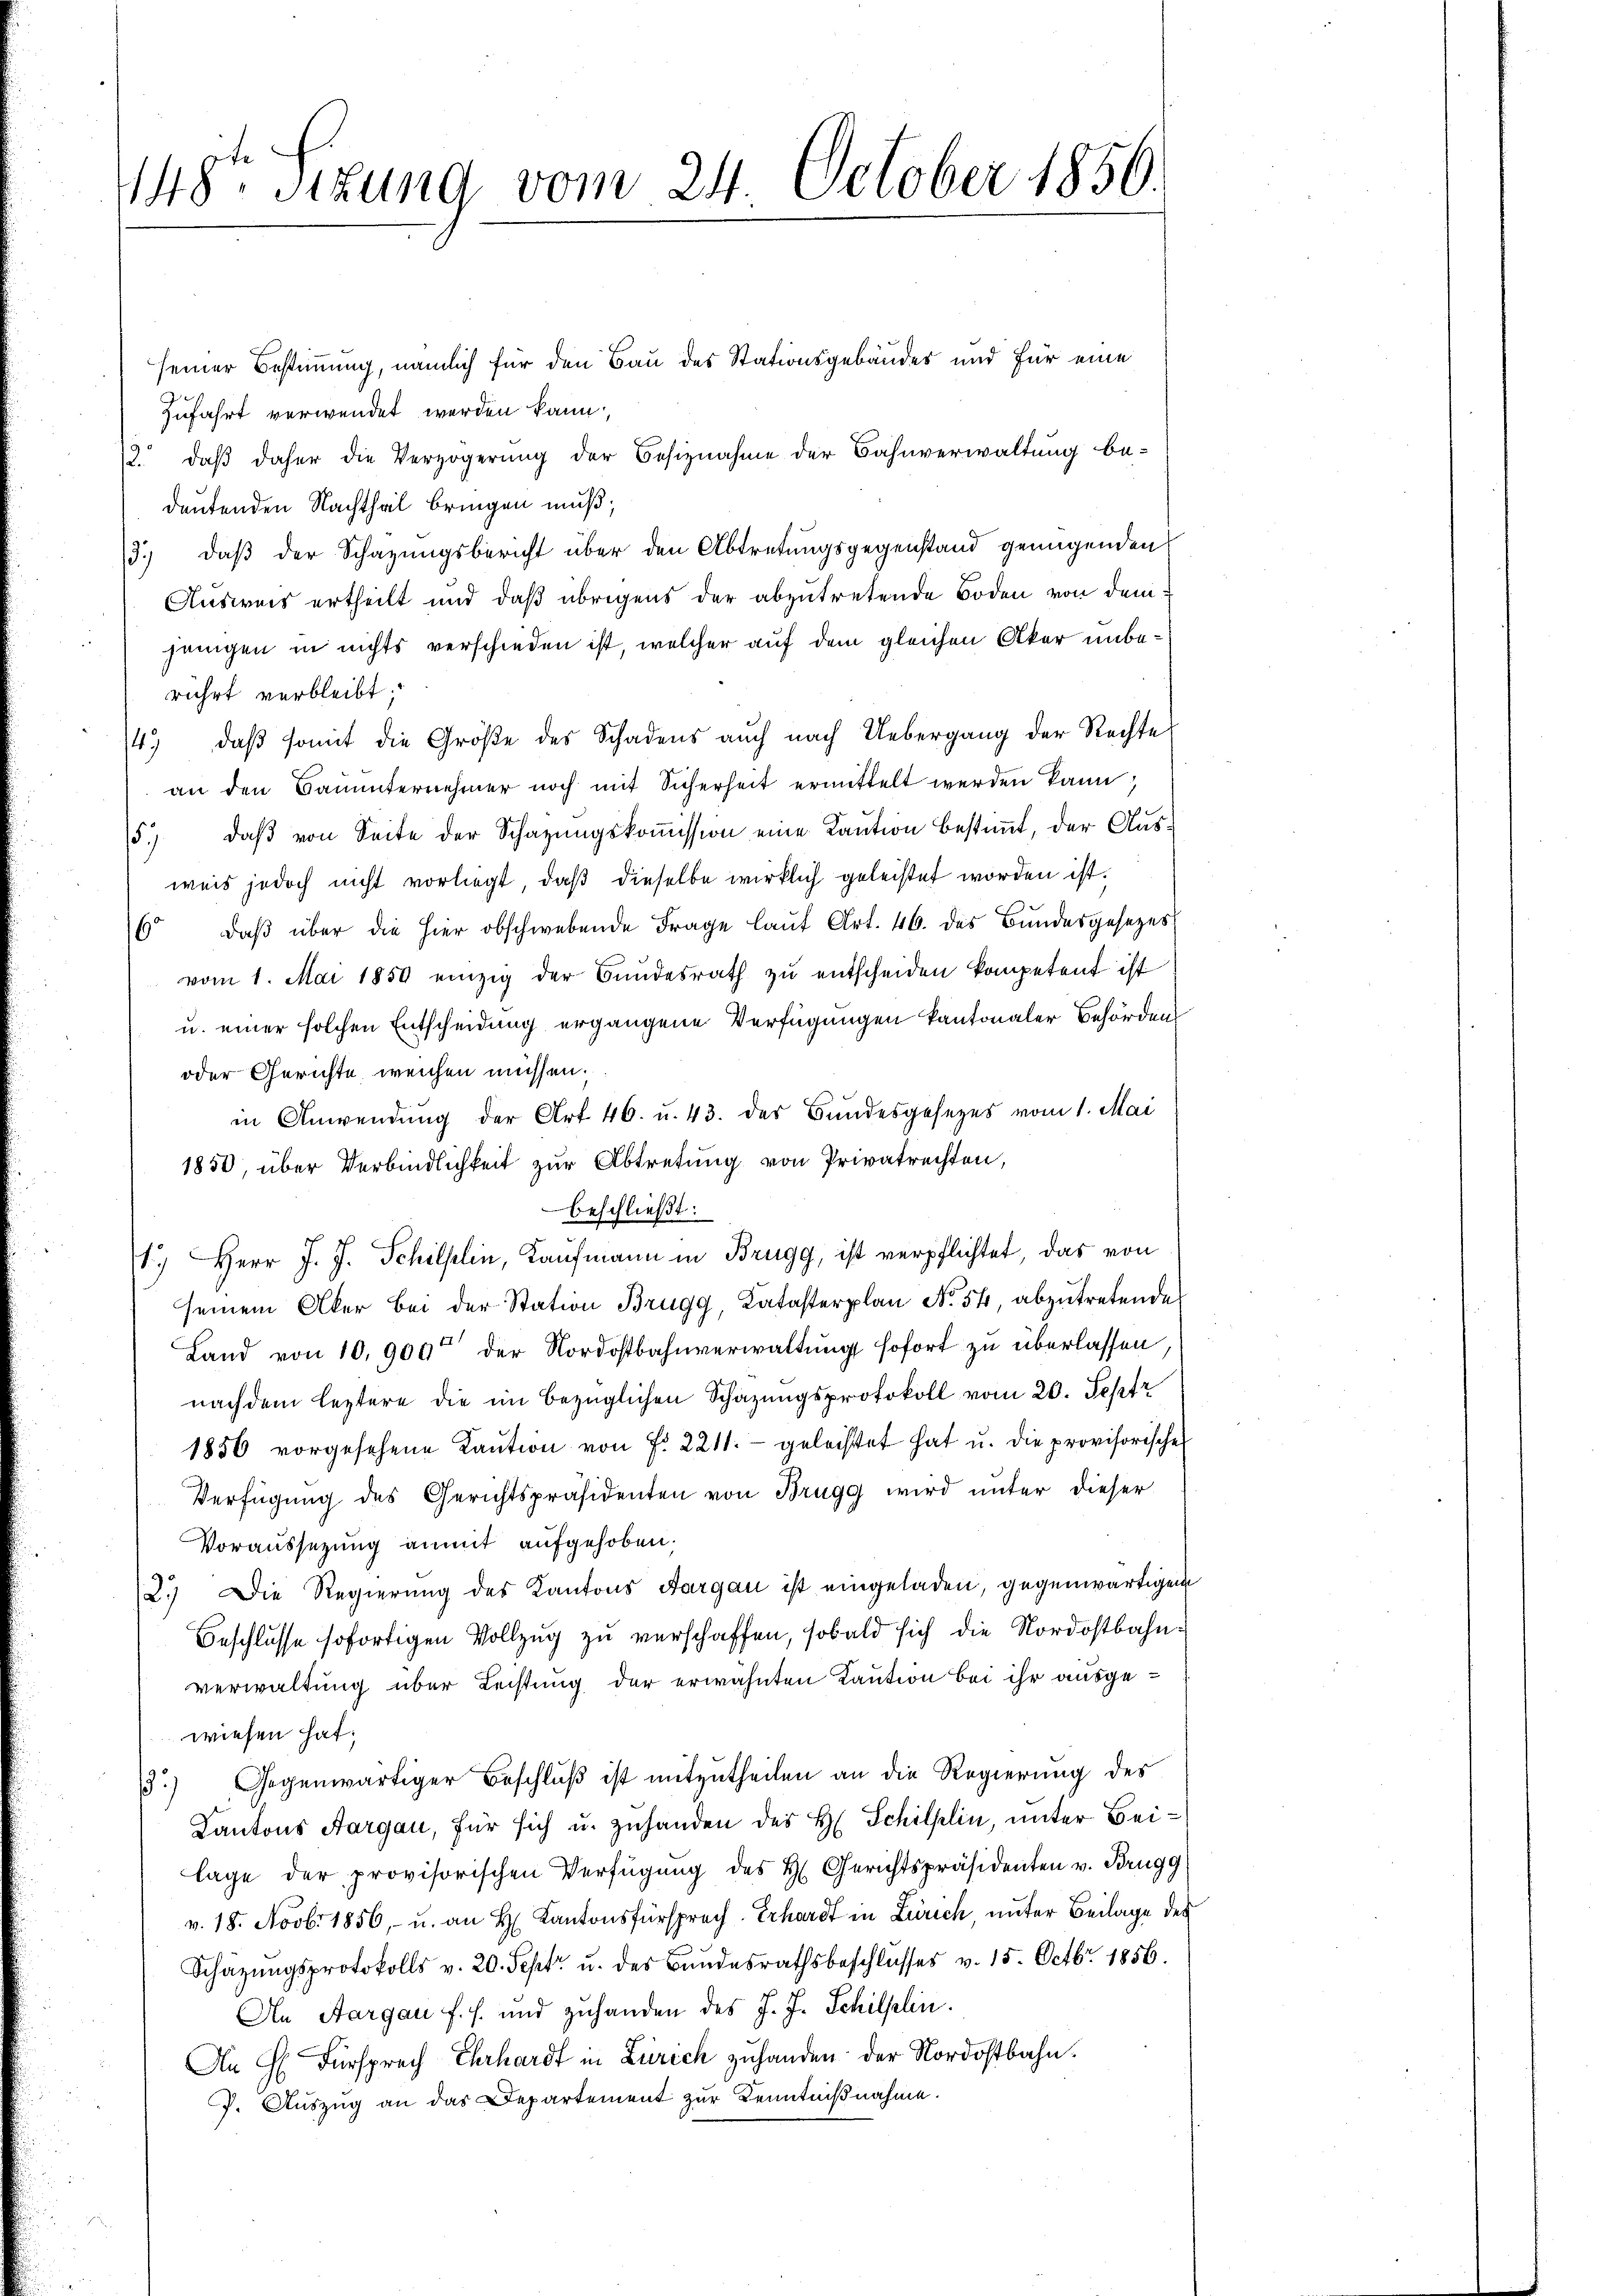
148ten Sizung vom 24. October 1856.

seiner Bestimmung, nämlich für den Bau des Stationsgebäudes und für eine
zufahrt verwendet werden kann,
12. daß daher die Verzögerung der Besiznahme der Bahnverwaltung be-
deutenden Nachtheil bringen muß;
13.) daß der Schazungsbericht über den Abtretungsgegenstand genügenden
Ausweis ertheilt und daß übrigens der abzutretende Boden von demjenigen in nichts verschieden ist, welcher auf dem gleichen Aker unberührt verbleibt.
/4. daβ somit die Größe des Schadens auch nach Uebergang der Rechte
an den Bauunternehmer noch mit Sicherheit ermittelt werden kann,
15. daβ von Seite der Schazungskoṁission eine Kaution bestimmt, der Ausweis jedoch nicht vorliegt, daβ dieselbe wirklich geleistet worden ist.
6. daβ über die hier obschwebende Frage laŭf Art. 46. des Bundesgesezes
vom 1. Mai 1850 einzig der Bundesrath zŭ entscheiden kompetent ist
u. einer solchen Entscheidung ergangene Verfügungen kantonaler Behörden
oder Gerichte weichen müssen.
in Anwendung der Art. 46. u. 43. des Bundesgesezes vom 1. Mai
1850, über Verbindlichkeit zur Abtretung von Privatrechten,
beschließt:
1.) Herr J. J. Schilplin, Kaufmann in Brugg, ist verpflichtet, das von
seinem Aker bei der Station Brugg, Katasterplan No. 54, abzutretende
Land von 10,900 der Nordostbahnverwaltung sofort zu überlassen
nachdem leztere die im bezüglichen Schazungsprotokoll vom 20. Sept
1856 vorgesehene Kaŭtion von Fr. 2211. geleistet hat u. die provisorische
Verfügung des Gerichtspräsidenten von Brugg wird unter dieser
Voraussetzung anmmt aufgehoben.
2.) Die Regierung des Kantons Aargau ist eingeladen, gegenwärtigen
Beschlusse sofortigen Vollzug zu verschaffen, sobald sich die Nordostbahnverwaltung über Leistung der erwähnten Kaution bei ihr ausgewiesen hat;
.) Gegenwärtiger Beschluß ist mitzutheilen an die Regierung des
Kantons Aargau, für sich u. zuhanden des H. Schilflin, unter Beilage der provisorischen Verfügung des H. Gerichtspräsidenten v. Brugg
v. 18. Novbr. 1856, u. an H. Kantonsfürsprech Erhardt in Zürich, unter Beilage des
Schäzŭngsprotokolls v. 20. Sept. u. des Bundesrathsbeschlŭsses v. 15. Octbr. 1856.
An Aargau f. s. und zuhanden des J. J. Schilflin.
An H. Fürsprech Ehrhardt in Zürich zuhanden der Nordostbahn.
J. Auszug an das Departement zur Kenntnißnahme.